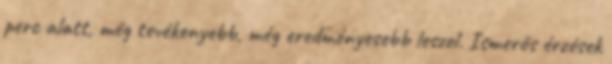
perc alatt, még tevékenyebb, még eredményesebb leszel. Ismerős érzések